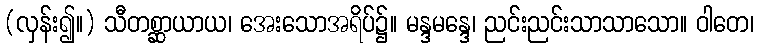
(လှန်း၍။) သီတစ္ဆာယာယ၊ အေးသောအရိပ်၌။ မန္ဒမန္ဒေ၊ ညင်းညင်းသာသာသော။ ဝါတေ၊